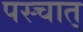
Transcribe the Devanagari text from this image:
पस्चात्